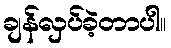
ချန်လှပ်ခဲ့တာပါ။